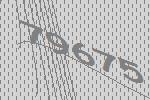
79675